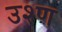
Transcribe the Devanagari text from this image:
उश्ण